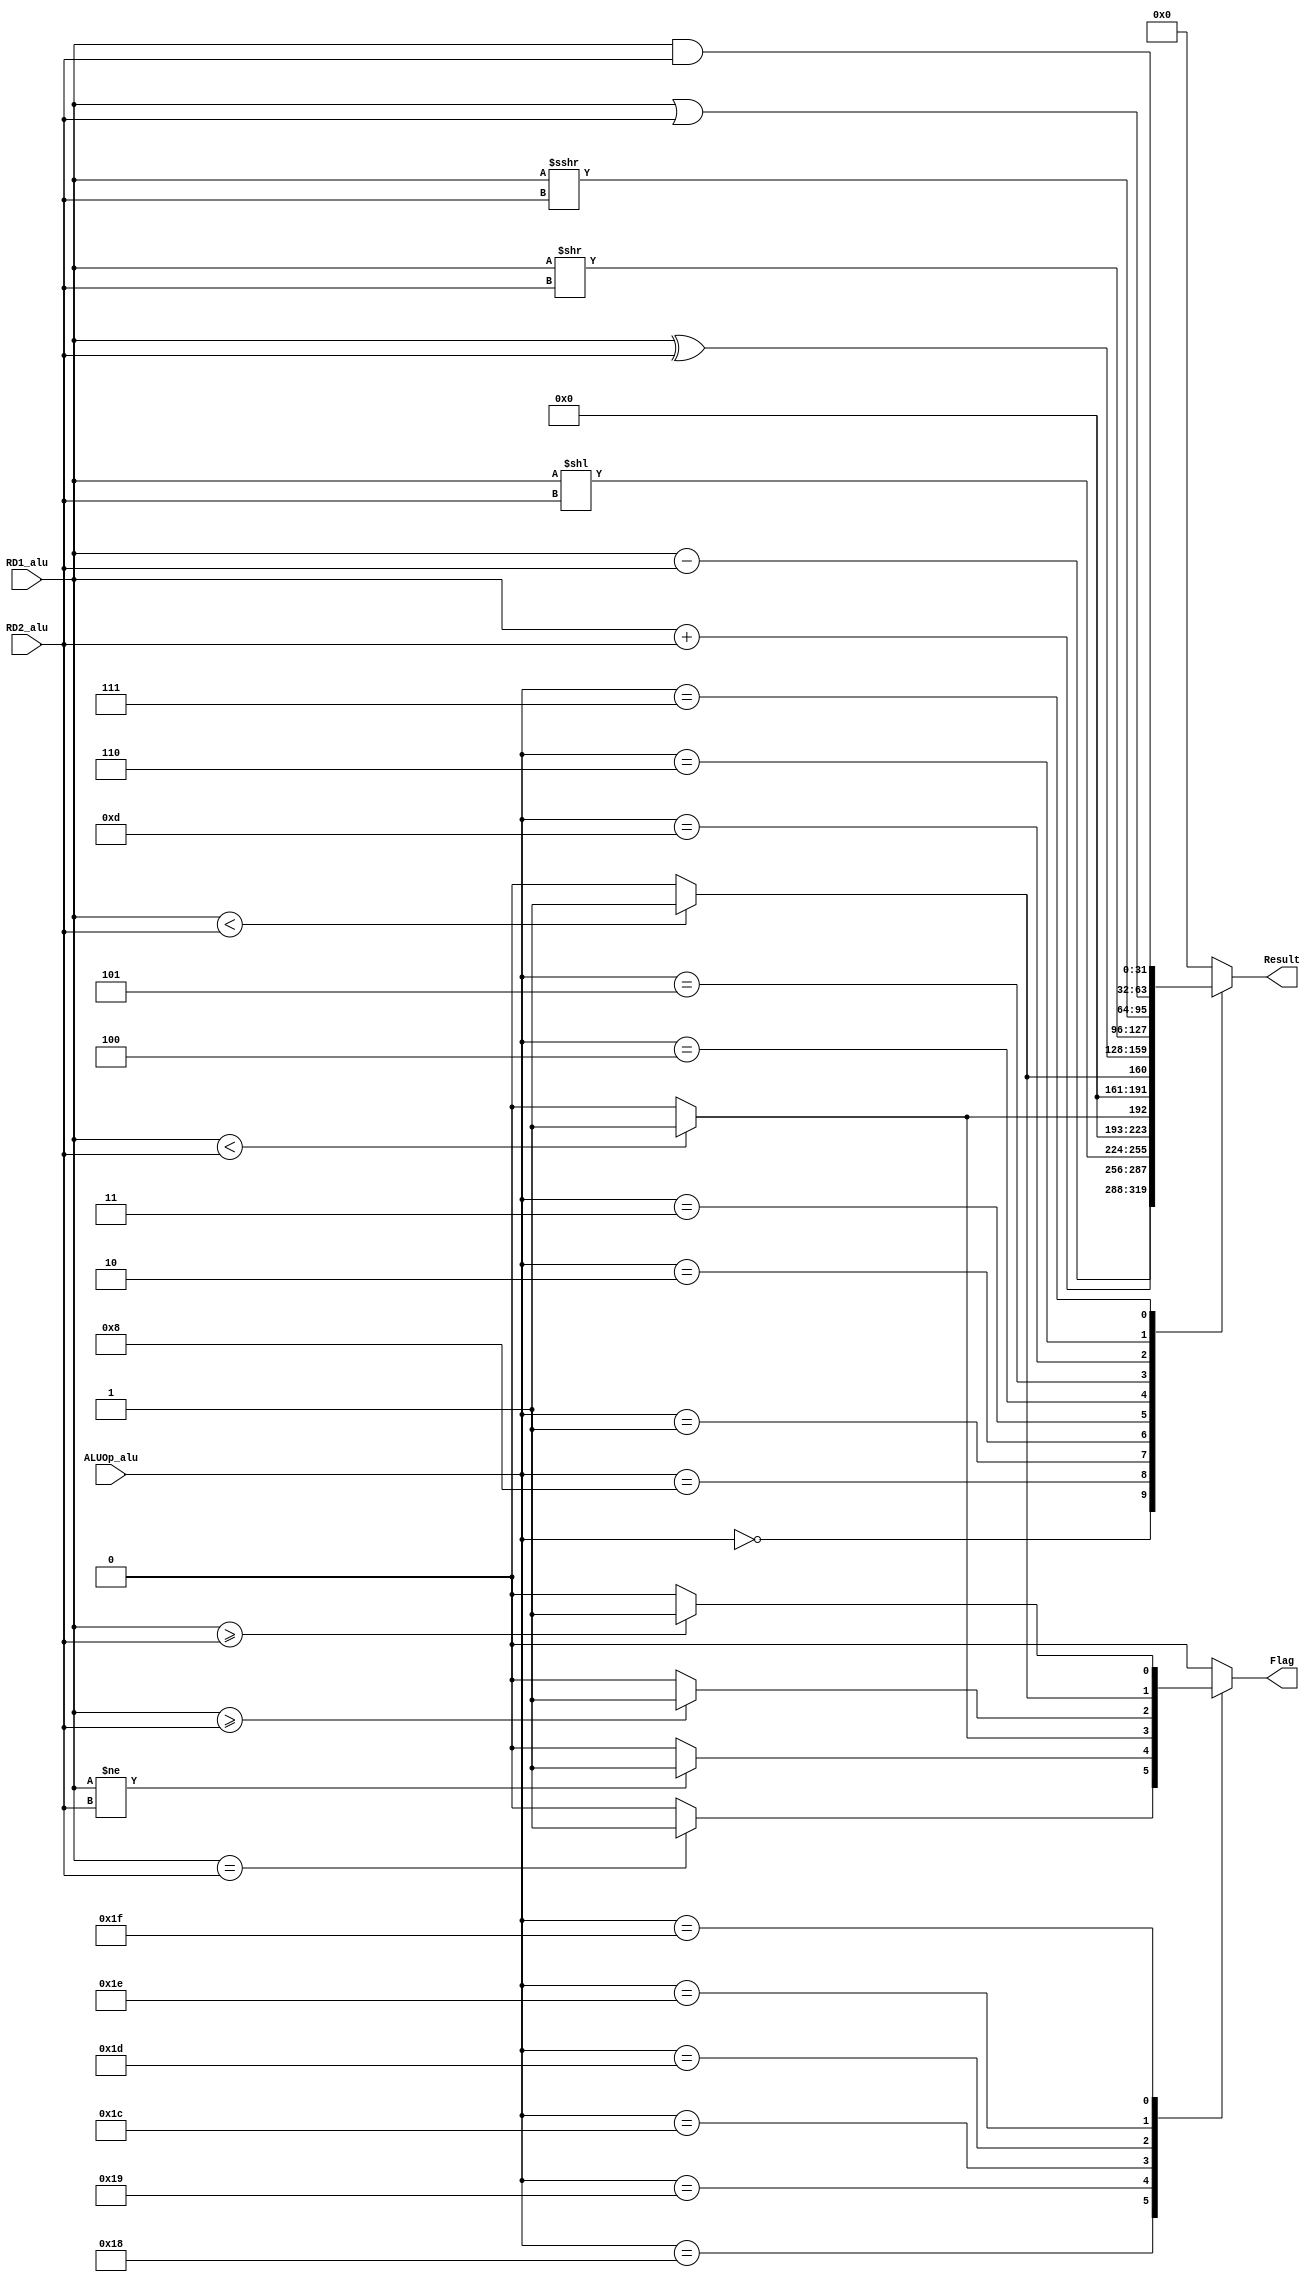
`define ALU_ADD     5'b00000
`define ALU_SUB     5'b01000
`define ALU_SLL     5'b00001
`define ALU_SLT     5'b00010
`define ALU_SLTU    5'b00011
`define ALU_XOR     5'b00100
`define ALU_SRL     5'b00101
`define ALU_SRA     5'b01101
`define ALU_OR      5'b00110
`define ALU_AND     5'b00111 
`define ALU_BEQ     5'b11000 
`define ALU_BNE     5'b11001 
`define ALU_BLT     5'b11100 
`define ALU_BGE     5'b11101 
`define ALU_BLTU    5'b11110 
`define ALU_BGEU    5'b11111

module ALU   #(parameter ADR_8 = 8, ADR_5 = 5, BIT_D = 32)
   (//input                    clk,
    input       [BIT_D-1:0]  RD1_alu,
    input       [BIT_D-1:0]  RD2_alu,
    input       [ADR_5-1:0]  ALUOp_alu,
    
    output  reg              Flag,   
    output  reg [BIT_D-1:0]  Result
);                            
    
    always @(*) begin
        case(ALUOp_alu)
            //ALU_ADD: Result = A + B;
            `ALU_ADD: begin          //1
                Result = RD1_alu + RD2_alu;
                Flag = 1'b0;
            end 
            `ALU_SUB: begin          //2
                Result = RD1_alu - RD2_alu;
                Flag = 1'b0;
            end
            `ALU_SLL: begin          //3
                Result = RD1_alu << RD2_alu;
                Flag = 1'b0;
            end 
            `ALU_SLT: begin          //4
                Result = ($signed(RD1_alu) < $signed(RD2_alu)) ? 1 : 0;
                Flag = 1'b0;
            end 
            `ALU_SLTU: begin          //5
                Result = (RD1_alu < RD2_alu) ? 1 : 0;
                Flag = 1'b0;
            end 
            `ALU_XOR: begin          //6
                Result = RD1_alu ^ RD2_alu;
                Flag = 1'b0;
            end 
            `ALU_SRL: begin          //7
                Result = RD1_alu >> RD2_alu;
                Flag = 1'b0;
            end 
            `ALU_SRA: begin          //8
                Result = $signed(RD1_alu) >>> RD2_alu;
                Flag = 1'b0;
            end 
            `ALU_OR: begin          //9
                Result = RD1_alu | RD2_alu;
                Flag = 1'b0;
            end 
            `ALU_AND: begin          //10
                Result = RD1_alu & RD2_alu;
                Flag = 1'b0;
            end 
            `ALU_BEQ: begin          //11
                Result = 0;
                Flag = (RD1_alu == RD2_alu) ? 1 : 0;
            end 
            `ALU_BNE: begin          //12
                Result = 0;
                Flag = (RD1_alu != RD2_alu) ? 1 : 0;
            end 
            `ALU_BLT: begin          //13
                Result = 0;
                Flag = ($signed(RD1_alu) < $signed(RD2_alu)) ? 1 : 0;
            end 
            `ALU_BGE: begin          //14
                Result = 0;
                Flag = ($signed(RD1_alu) >= $signed(RD2_alu)) ? 1 : 0;
            end 
            `ALU_BLTU: begin          //15
                Result = 0;
                Flag = (RD1_alu < RD2_alu) ? 1 : 0;
            end 
            `ALU_BGEU: begin          //16
                Result = 0;
                Flag = (RD1_alu >= RD2_alu) ? 1 : 0;
            end 
            
            default: begin 
                Result = 1'd0;
                Flag = 1'd0;
            end
        endcase
    end
    
    // [6:0] HEX [3:0]

endmodule